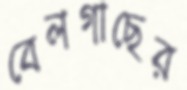
বেলগাছের